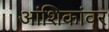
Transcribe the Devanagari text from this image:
आंशिकांवर